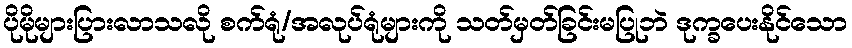
ပိုမိုများပြားလာသလို စက်ရုံ/အလုပ်ရုံများကို သတ်မှတ်ခြင်းမပြုဘဲ ဒုက္ခပေးနိုင်သော